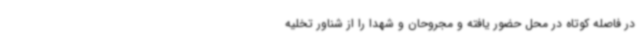
در فاصله کوتاه در محل حضور یافته و مجروحان و شهدا را از شناور تخلیه